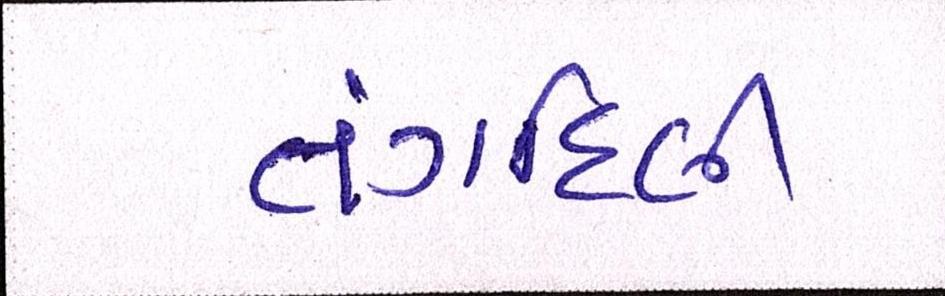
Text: તંગદિલી